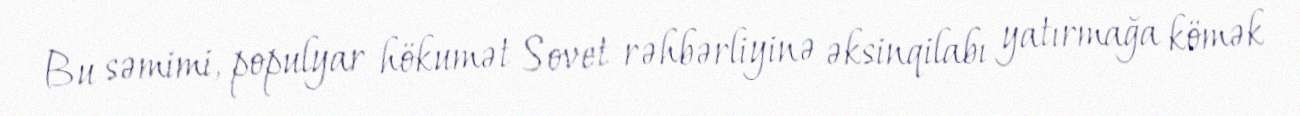
Bu səmimi, populyar hökumət Sovet rəhbərliyinə əksinqilabı yatırmağa kömək